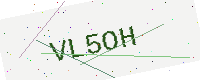
Text: VL5OH